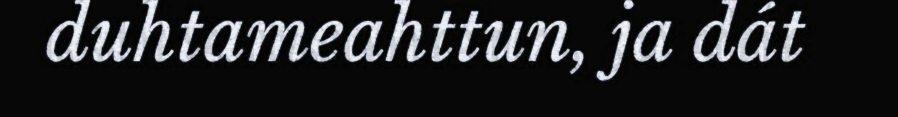
duhtameahttun, ja dát